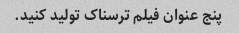
پنج عنوان فیلم ترسناک تولید کنید.